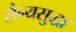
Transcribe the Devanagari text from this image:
सैन्यसुद्धा